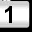
Digit: 1